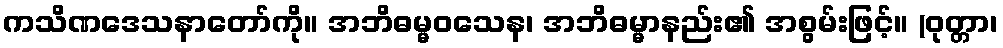
ကသိဏဒေသနာတော်ကို။ အဘိဓမ္မဝသေန၊ အဘိဓမ္မာနည်း၏ အစွမ်းဖြင့်။ (ဝုတ္တာ၊